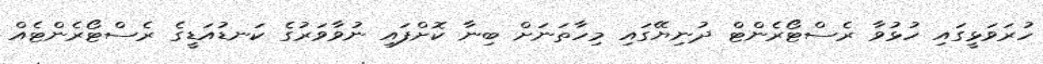
ހުރަވަޅީގައި ހުޅުވާ ރެސްޓޯރެންޓް ދުނިޔޭގައި މިހާތަނަށް ބިނާ ކޮށްފައި ނުވާވަރުގެ ކަނޑުއަޑީގެ ރެސްޓޯރެންޓެއް